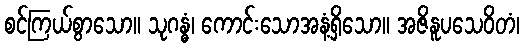
စင်ကြယ်စွာသော။ သုဂန္ဓံ၊ ကောင်းသောအနံ့ရှိသော။ အဇိနူပသေဝိတံ၊